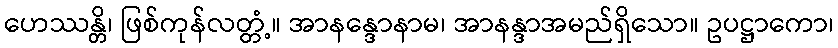
ဟေဿန္တိ၊ ဖြစ်ကုန်လတ္တံ့။ အာနန္ဒောနာမ၊ အာနန္ဒာအမည်ရှိသော။ ဥပဋ္ဌာကော၊